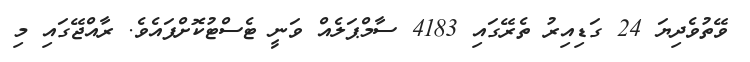
ވޭތުވެދިޔަ 24 ގަޑިއިރު ތެރޭގައި 4183 ސާމްޕަލެއް ވަނީ ޓެސްޓުކޮށްފައެވެ. ރާއްޖޭގައި މި